Vaccination in Bombay 1863-1868 - 1863-1868
Year: 1863
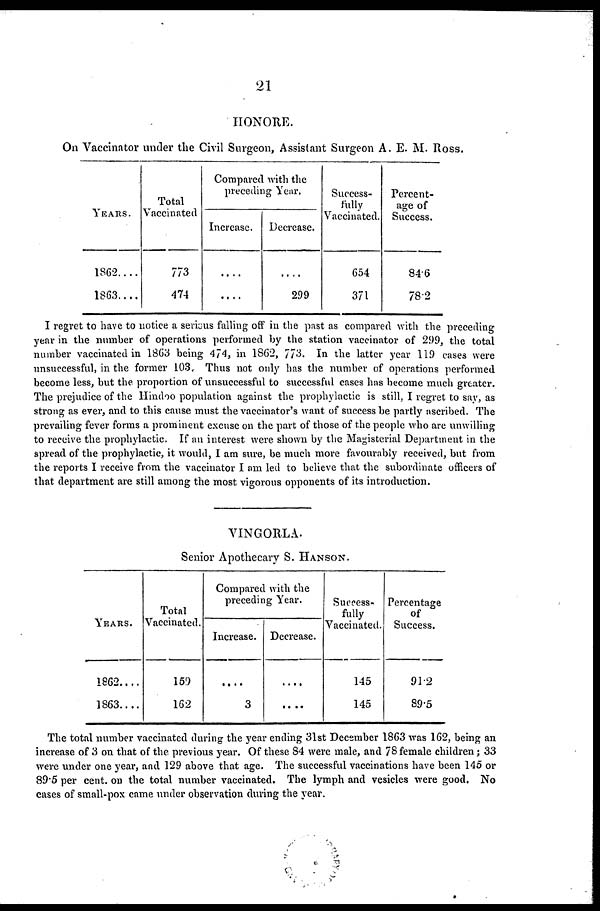
21
HONORE.
On Vaccinator under the Civil Surgeon, Assistant Surgeon A. E. M. Ross.
YEARS.
1862....
1863....
Total
Vaccinated
773
474
Compared with the
preceding Year.
Increase.
....
....
Decrease.
....
299
Success-
fully
Vaccinated.
654
371
Percent-
age of
Success.
84.6
78.2
I regret to have to notice a serious falling off in the past as compared with the preceding
year in the number of operations performed by the station vaccinator of 299, the total
number vaccinated in 1863 being 4 74, in 1862, 773. In the latter year 119 cases were
unsuccessful, in the former 103, Thus not only has the number of operations performed
become less, but the proportion of unsuccessful to successful cases has become much greater.
The prejudice of the Hindoo population against the prophylactic is still, I regret to say, as
strong as ever, and to this cause must the vaccinator's want of success be partly ascribed. The
prevailing fever forms a prominent excuse on the part of those of the people who are unwilling
to receive the prophylactic. If an interest were shown by the Magisterial Department in the
spread of the prophylactic, it would, I am sure, be much more favourably received, but from
the reports I receive from the vaccinator I am led to believe that the subordinate officers of
that department are still among the most vigorous opponents of its introduction.
VINGORLA.
Senior Apothecary S. HANSON.
YEARS.
1862....
1863....
Total
Vaccinated.
159
162
Compared with the
preceding Year.
Increase.
....
3
Decrease.
....
....
Success-
fully
Vaccinated.
145
145
Percentage
of
Success.
91.2
89.5
The total number vaccinated during the year ending 31st December 1863 was 162, being an
increase of 3 on that of the previous year. Of these 84 were male, and 78 female children ; 33
were under one year, and 129 above that age. The successful vaccinations have been 145 or
89.5 per cent. on the total number vaccinated. The lymph and vesicles were good. No
cases of small-pox came under observation during the year.